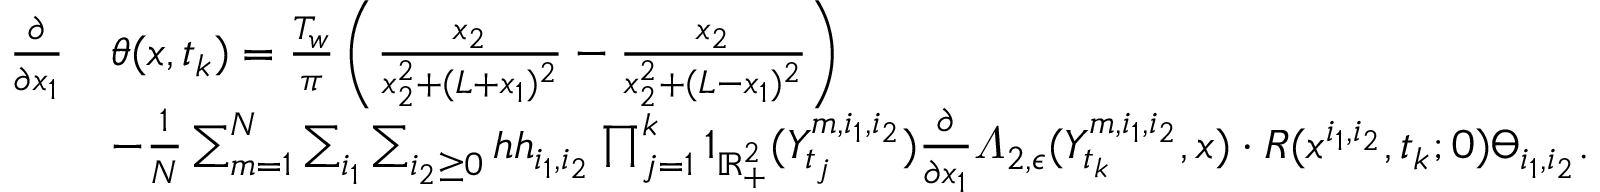
\begin{array} { r l } { \frac { \partial } { \partial x _ { 1 } } } & { \theta ( x , t _ { k } ) = \frac { T _ { w } } { \pi } \left( \frac { x _ { 2 } } { x _ { 2 } ^ { 2 } + ( L + x _ { 1 } ) ^ { 2 } } - \frac { x _ { 2 } } { x _ { 2 } ^ { 2 } + ( L - x _ { 1 } ) ^ { 2 } } \right) } \\ & { - \frac { 1 } { N } \sum _ { m = 1 } ^ { N } \sum _ { i _ { 1 } } \sum _ { i _ { 2 } \geq 0 } h h _ { i _ { 1 } , i _ { 2 } } \prod _ { j = 1 } ^ { k } 1 _ { \mathbb { R } _ { + } ^ { 2 } } ( Y _ { t _ { j } } ^ { m , i _ { 1 } , i _ { 2 } } ) \frac { \partial } { \partial x _ { 1 } } \varLambda _ { 2 , \epsilon } ( Y _ { t _ { k } } ^ { m , i _ { 1 } , i _ { 2 } } , x ) \cdot R ( x ^ { i _ { 1 } , i _ { 2 } } , t _ { k } ; 0 ) \varTheta _ { i _ { 1 } , i _ { 2 } } . } \end{array}